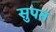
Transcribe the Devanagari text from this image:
सुपत